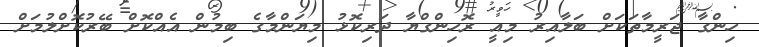
ހިންގާ ޖަރީމާތަކަށް ބަލާއިރު މިއީ ރޮހިންގްޔާ ދަރިކޮޅު މިޔަންމާގެ ބިމުން އެއްކޮށް ބޭރުކޮށްލުމަށް